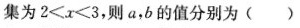
集为2≤x≤3，则a，b的值分别为( )